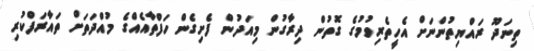
ތިނަދޫ ރައްޔިތުންނަށް އެހީތެރިވުމުގެ ގޮތުން ދިރާގުން މިއަދުން ފެށިގެން ހަފްތާއެއްގެ މުއްދަތަށް ތައާރަފްކުރި